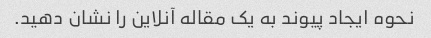
نحوه ایجاد پیوند به یک مقاله آنلاین را نشان دهید.